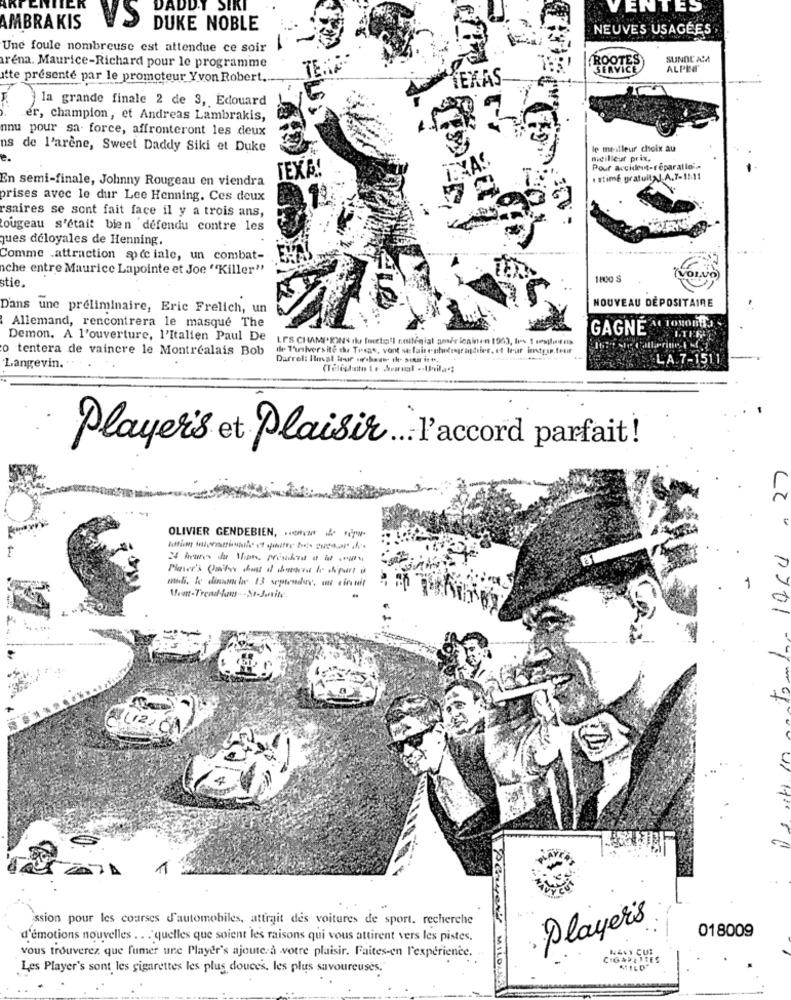
DADDY SIKI
VENTES
AMBRAKIS
DUKE NOBLE
NEUVES USAGÉES
Une foule nombreuse est attendue ce soir
ROOTE
SUNDE ARA
arena. Maurice-Richard pour le programme
SERVICE
ALPES
atte presente par le promoteur Yvon Robert ...
TEXAS
la grande finale 2 de 3, Edouard
er, champion, et Andreas Lambrakis,
nnu pour sa- force, affronteront les deux
ns de l'arene, Sweet Daddy Siki et Duke
le meilleur choix au
meilleur prix.
TEXA!
TEXAS
Pour accident-reparatlo".
En semi-finale, Johnny Rougeau en viendra
estimé gratuity! A.7-1511
prises avec le dur Lee Henning. Ces deux
rsaires se sont fait face il y a trois ans,
ougeau s'était bien défendu contre les
ques deloyales de Henning.
Comme .attraction soc iale, un combat-
ache entre Maurice Lapointe et Joe "Killer"
stie.
1800 S
VOL
Dans une préliminaire, Eric Frelich, un
NOUVEAU DÉPOSITAIRE
Allemand, rencontrera le masque The
GAGNE AL TONOIETS
Demon. A l'ouverture, l'Italien Paul De
LES CHAMI*KINS du fertig!I collegiat américainen 1963, les 1 mylordis
ITER
o tentera de vaincre le Montrealais Bob
il T'aniversite du Texas, vont se faireuhrlegrasdiier, et trur instron.fruit
Darrell Plusal War s'bager the- sutit it ",
LA 7-1511
Langevin."
Player's et Plaisir ... l'accord parfait!
OLIVIER GENDEBIEN, ....
michi. le dinamiche 13 septembre. un circuit
pJO1
ssion pour les courses d'automobiles, attrait des voitures de sport. recherche
Player's
018009
d'émotions nouvelles .. . quelles que soient les raisons qui vous attirent vers les pistes.
vous trouverez que fumer une Player's ajoute. a votre plaisir. Faites-en l'experience.
NAVY CUI
CIGARETTES
Les Player's sont les cigarettes les plus douces, les plus savoureuses.
MILDANICL